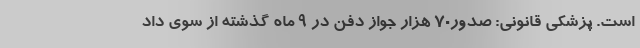
است. پزشکی قانونی: صدور۷۰ هزار جواز دفن در ۹ ماه گذشته از سوی داد